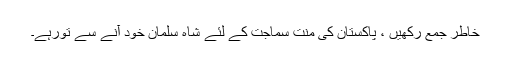
خاطر جمع رکھیں ، پاکستان کی منت سماجت کے لئے شاہ سلمان خود آنے سے تورہے۔